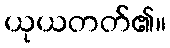
ယုယတတ်၏။